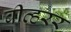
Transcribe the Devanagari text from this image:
बीव्हरर